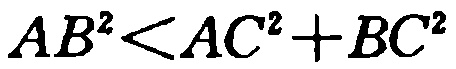
\(AB^{2}<AC^{2}+BC^{2}\)